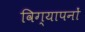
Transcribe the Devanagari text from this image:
विग्यापनों